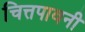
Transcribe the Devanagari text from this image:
चित्तपावनी